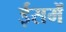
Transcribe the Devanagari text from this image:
ईसमें